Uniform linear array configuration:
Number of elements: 8
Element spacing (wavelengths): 1
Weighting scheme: uniform
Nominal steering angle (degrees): -15
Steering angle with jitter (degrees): -15.715
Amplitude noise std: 0.05
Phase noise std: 0.05

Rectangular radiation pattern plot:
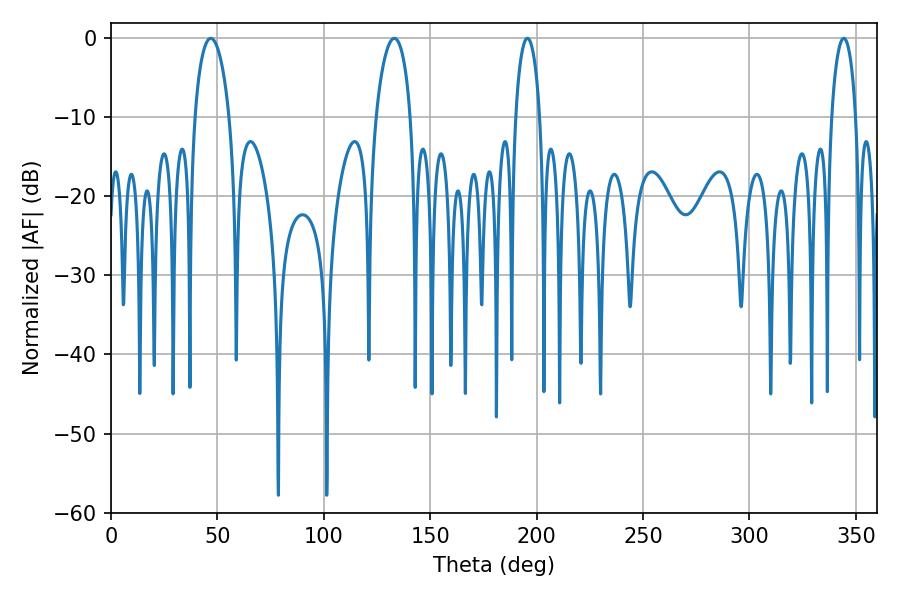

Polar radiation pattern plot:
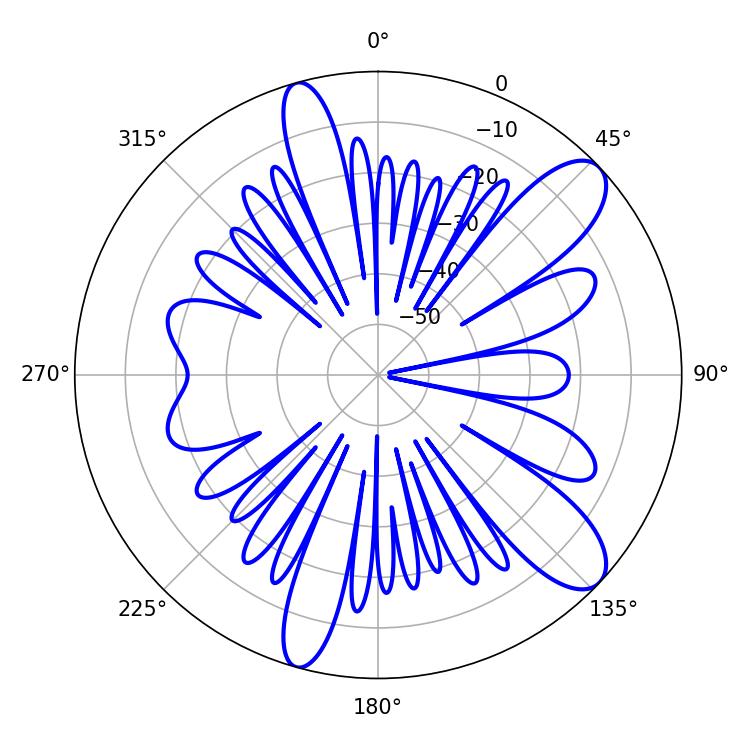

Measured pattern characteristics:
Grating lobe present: TRUE
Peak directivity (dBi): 10.391
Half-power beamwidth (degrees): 6.48
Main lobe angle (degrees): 195.66